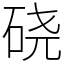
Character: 硗